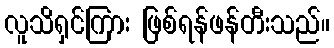
လူသိရှင်ကြား ဖြစ်ရန်ဖန်တီးသည်။